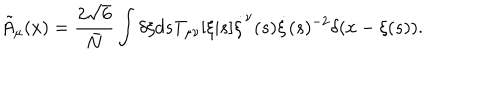
LaTeX: { \tilde { A } } _ { \mu } ( x ) = \frac { 2 \sqrt { 6 } } { \bar { N } } \int \delta \xi d s T _ { \mu \nu } [ \xi | s ] \dot { \xi } ^ { \nu } ( s ) \dot { \xi } ( s ) ^ { - 2 } \delta ( x - \xi ( s ) ) .